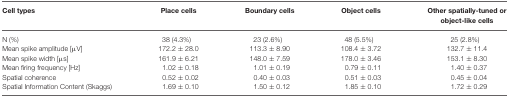
<table><thead><tr><td><b>Cell types</b></td><td><b>Place cells</b></td><td><b>Boundary cells</b></td><td><b>Object cells</b></td><td><b>Other spatially-tuned or object-like cells</b></td></tr></thead><tbody><tr><td>N (%)</td><td>38 (4.3%)</td><td>23 (2.6%)</td><td>48 (5.5%)</td><td>25 (2.8%)</td></tr><tr><td>Mean spike amplitude [μV]</td><td>172.2 ± 28.0</td><td>113.3 ± 8.90</td><td>108.4 ± 3.72</td><td>132.7 ± 11.4</td></tr><tr><td>Mean spike width [μs]</td><td>161.9 ± 6.21</td><td>148.0 ± 7.59</td><td>178.0 ± 3.46</td><td>153.1 ± 8.30</td></tr><tr><td>Mean firing frequency [Hz]</td><td>1.02 ± 0.18</td><td>1.01 ± 0.19</td><td>0.79 ± 0.11</td><td>1.40 ± 0.37</td></tr><tr><td>Spatial coherence</td><td>0.52 ± 0.02</td><td>0.40 ± 0.03</td><td>0.51 ± 0.03</td><td>0.45 ± 0.04</td></tr><tr><td>Spatial Information Content (Skaggs)</td><td>1.69 ± 0.10</td><td>1.50 ± 0.12</td><td>1.85 ± 0.10</td><td>1.72 ± 0.29</td></tr></tbody></table>